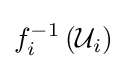
f_{i}^{-1}\left({\mathcal {U}}_{i}\right)